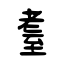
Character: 耋